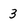
Character: 3